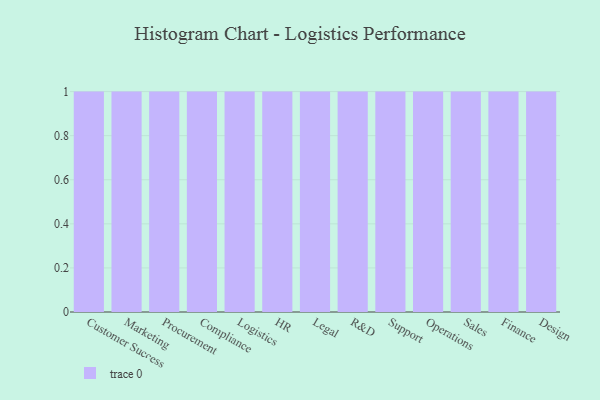
{"axis": {"x": "Department", "y": "Temperature (°C)"}, "legend": [""], "data": [{"x": "Customer Success", "y": 98, "type": ""}, {"x": "Marketing", "y": 11, "type": ""}, {"x": "Procurement", "y": 65, "type": ""}, {"x": "Compliance", "y": 85, "type": ""}, {"x": "Logistics", "y": 20, "type": ""}, {"x": "HR", "y": 2, "type": ""}, {"x": "Legal", "y": 27, "type": ""}, {"x": "R&D", "y": 48, "type": ""}, {"x": "Support", "y": 85, "type": ""}, {"x": "Operations", "y": 44, "type": ""}, {"x": "Sales", "y": 54, "type": ""}, {"x": "Finance", "y": 32, "type": ""}, {"x": "Design", "y": 64, "type": ""}]}